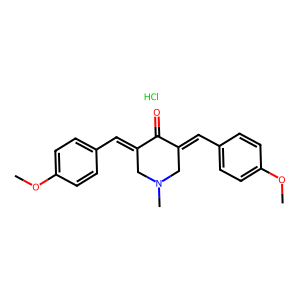
SMILES: COc1ccc(C=C2CN(C)CC(=Cc3ccc(OC)cc3)C2=O)cc1.Cl
Inhibits HIV replication: No